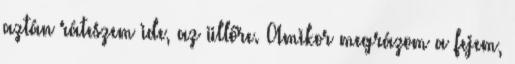
aztán ráteszem ide, az üllőre. Amikor megrázom a fejem,